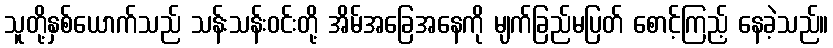
သူတို့နှစ်ယောက်သည် သန်းသန်းဝင်းတို့ အိမ်အခြေအနေကို မျက်ခြည်မပြတ် စောင့်ကြည့် နေခဲ့သည်။